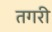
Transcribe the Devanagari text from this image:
तगरी